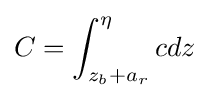
C=\int _{z_{b}+a_{r}}^{\eta }cdz